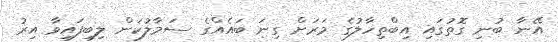
އޭނާ ބުނި ގޮތުގައި އިބްތިހާލުގެ މަރަށް ގިނަ ބައެއްގެ ސަމާލުކަން ލިބިފައިވާ އިރު